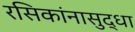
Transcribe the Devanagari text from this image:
रसिकांनासुद्धा